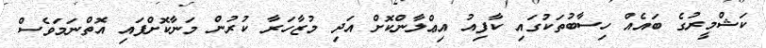
ކަޝްމީރުގެ ބައެއް ހިސާބުތަކުގައި ކާފިއު އިޢްލާންކޮށް އަދި މުޒާހަރާ ކުރުން މަނާކޮށްފައި އޮތްނަމަވެސް